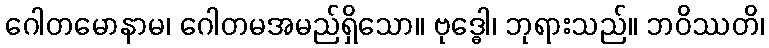
ဂေါတမောနာမ၊ ဂေါတမအမည်ရှိသော။ ဗုဒ္ဓေါ၊ ဘုရားသည်။ ဘဝိဿတိ၊